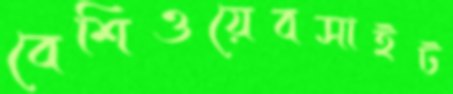
বেশিওয়েবসাইট